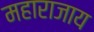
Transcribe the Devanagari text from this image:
महाराजाय